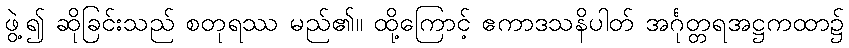
ဖွဲ့၍ ဆိုခြင်းသည် စတုရဿ မည်၏။ ထို့ကြောင့် ဧကာဒသနိပါတ် အင်္ဂုတ္တရအဋ္ဌကထာ၌